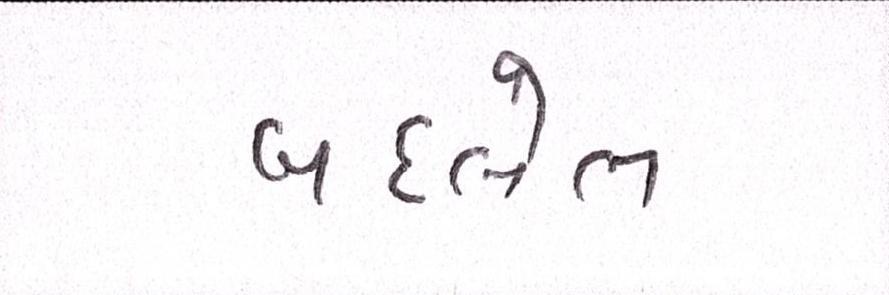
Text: બદલેલ